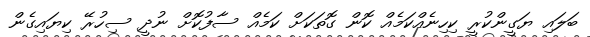
ބަލައި ޔަގީންކުރީ ކިހިނެއްކަމެއް ކޮން ގޮތަކަށް ކަމެއް ސާފުކޮށް ނުދީ ސިހުރޭ ކިޔައިގެން